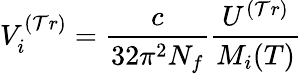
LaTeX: V_{i}^{(\mathcal{T}r)}=\frac{{c}}{{32\pi^{2}N_{f}}}\frac{{U^{(\mathcal{T}r)}}}{{M_{i}(T)}}